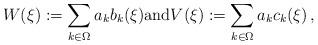
LaTeX: \begin{align*}W(\xi):=\sum_{k\in\Omega}a_k b_k(\xi)\mbox{and}V(\xi):=\sum_{k\in\Omega}a_k c_k(\xi)\,,\end{align*}